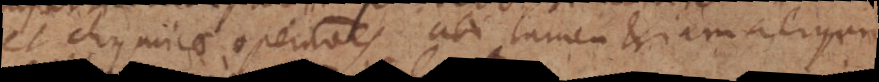
et chymicae operationes ubi tamen etiam aliquid